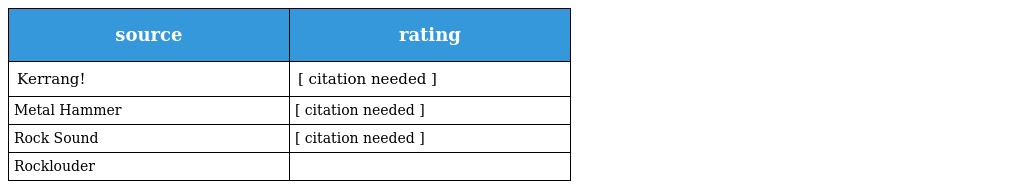
| source | rating |
 | --- | --- |
 | Kerrang! | [ citation needed ] |
 | Metal Hammer | [ citation needed ] |
 | Rock Sound | [ citation needed ] |
 | Rocklouder |  |